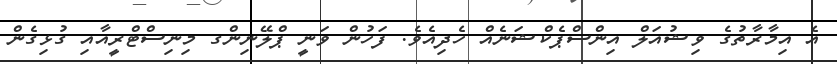
އެ އިމާރާތުގެ ވިޝުއަލް އިންސްޕެކްޝަނެއް ހެދިއެވެ. ފަހުން ވަނީ ޕްލޭނިންގ މިނިސްޓްރީއާއި ގުޅިގެން